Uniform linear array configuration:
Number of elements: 48
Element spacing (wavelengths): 0.5
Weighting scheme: hann
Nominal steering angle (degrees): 15
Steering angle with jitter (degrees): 16.394
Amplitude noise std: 0.05
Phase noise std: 0.05

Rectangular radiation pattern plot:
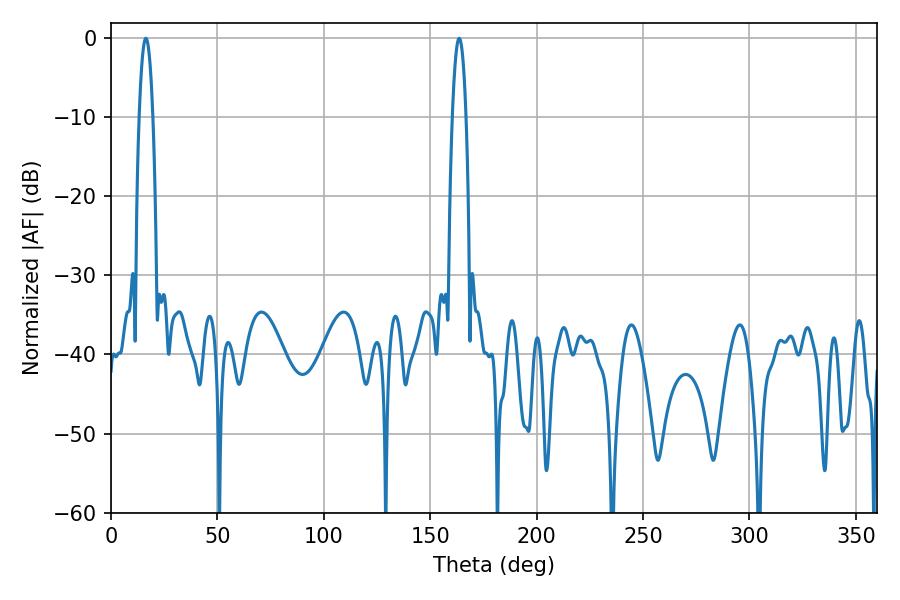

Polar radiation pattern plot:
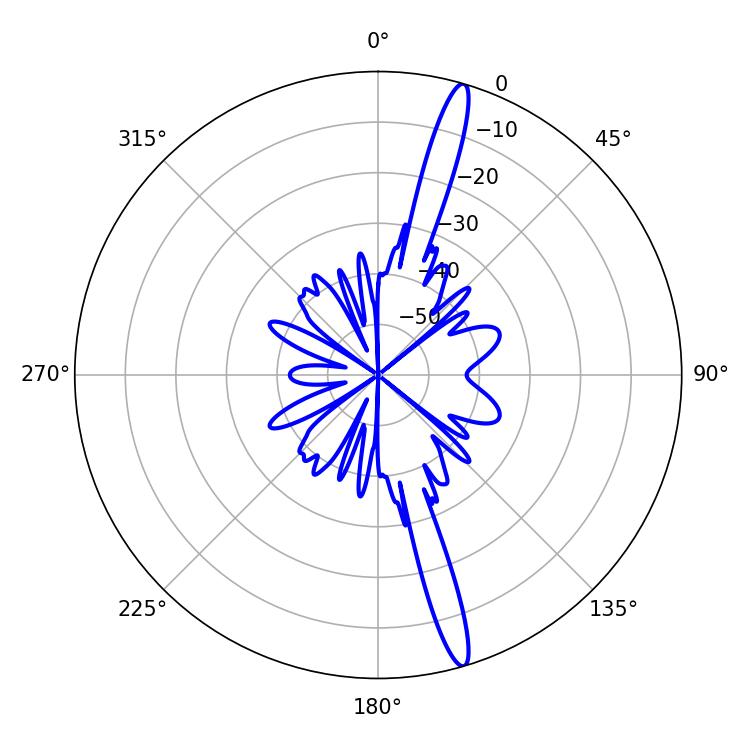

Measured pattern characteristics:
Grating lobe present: FALSE
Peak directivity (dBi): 17.188
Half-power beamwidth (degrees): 3.6
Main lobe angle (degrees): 16.38